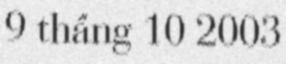
9 tháng 10 2003